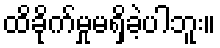
ထိခိုက်မှုမရှိခဲ့ပါဘူး။